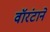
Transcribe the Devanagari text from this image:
वॉरंटाने